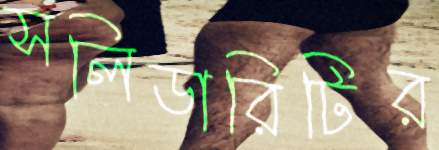
সলিডারিটির